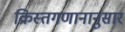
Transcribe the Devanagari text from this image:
क्रिस्तगणानानुसार